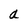
Character: a